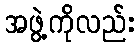
အဖွဲ့ကိုလည်း